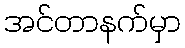
အင်တာနက်မှာ